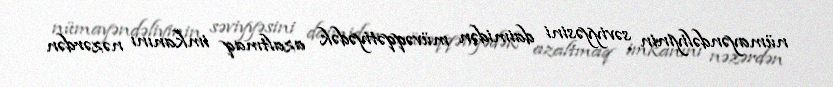
nümayəndəliyinin səviyyəsini daimidən müvəqqətiyədək azaltmaq imkanını nəzərdən